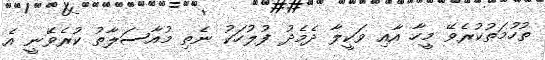
ތުހުމަތުކުރެވޭ މީހާ އާއި ވަކީލާ ދެމެދު ފުލުހަކު ނެތި މުއާސަލާތު ކުރެވޭނީ އެ